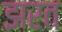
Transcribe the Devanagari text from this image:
झरत